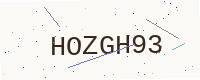
Text: HOZGH93